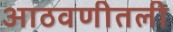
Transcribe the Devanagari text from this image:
आठवणीतली